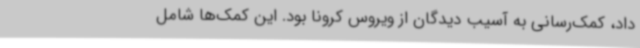
داد، کمک‌رسانی به آسیب دیدگان از ویروس کرونا بود. این کمک‌ها شامل